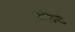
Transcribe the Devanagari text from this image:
स्‍लेट